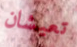
تعيشان